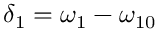
\delta _ { 1 } = \omega _ { 1 } - \omega _ { 1 0 }